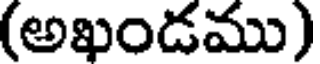
(అఖండము)